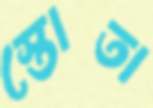
স্তোতা